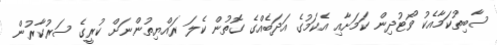
ސާބިތުކަމާއެކު ވޯޓުދިން ކަމަށާއި އެކަމުގެ އަދަބެއްގެ ގޮތުން ކެލަ ރައްޔިތުންނަށް ކުރީގެ ސަރުކާރުން